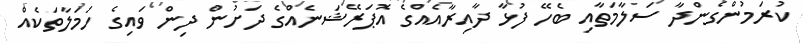
ކުރަމުންގެންދާ ސަލާމަތާއި ބެހޭ ފުޅާ ދާއިރާއެއްގެ އޮޕަރޭޝަނެއްގެ ދަށުން ދިން ވައިގެ ހަމަލާތަކެއް